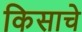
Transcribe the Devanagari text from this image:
किसाचे